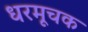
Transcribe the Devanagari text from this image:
धरमूचक